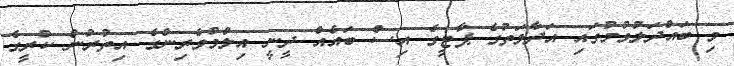
މި ބައްދަލުވުމުގައި އަދާލަތުގެ ޕާޓީގެ އިސް ބައެއް ދީނީ އިލްމުވެރިންގެ އިތުރުން ކުރީގެ